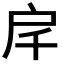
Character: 𢨮